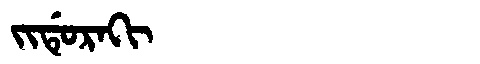
Manchu: ᠵᡳᡩᡠᡵᠠᡴᡳ
Romanization: JIDURAKI